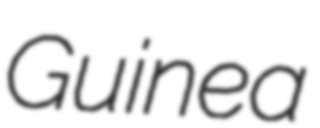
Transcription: Guinea